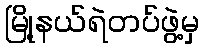
မြို့နယ်ရဲတပ်ဖွဲ့မှ